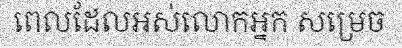
ពេលដែលអស់លោកអ្នក សម្រេច